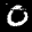
Label: 0